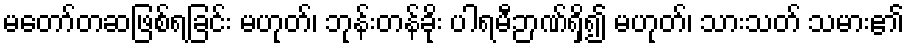
မတော်တဆဖြစ်ရခြင်း မဟုတ်၊ ဘုန်းတန်ခိုး ပါရမီဉာဏ်ရှိ၍ မဟုတ်၊ သားသတ် သမား၏